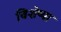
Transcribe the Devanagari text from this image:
विशेष्या